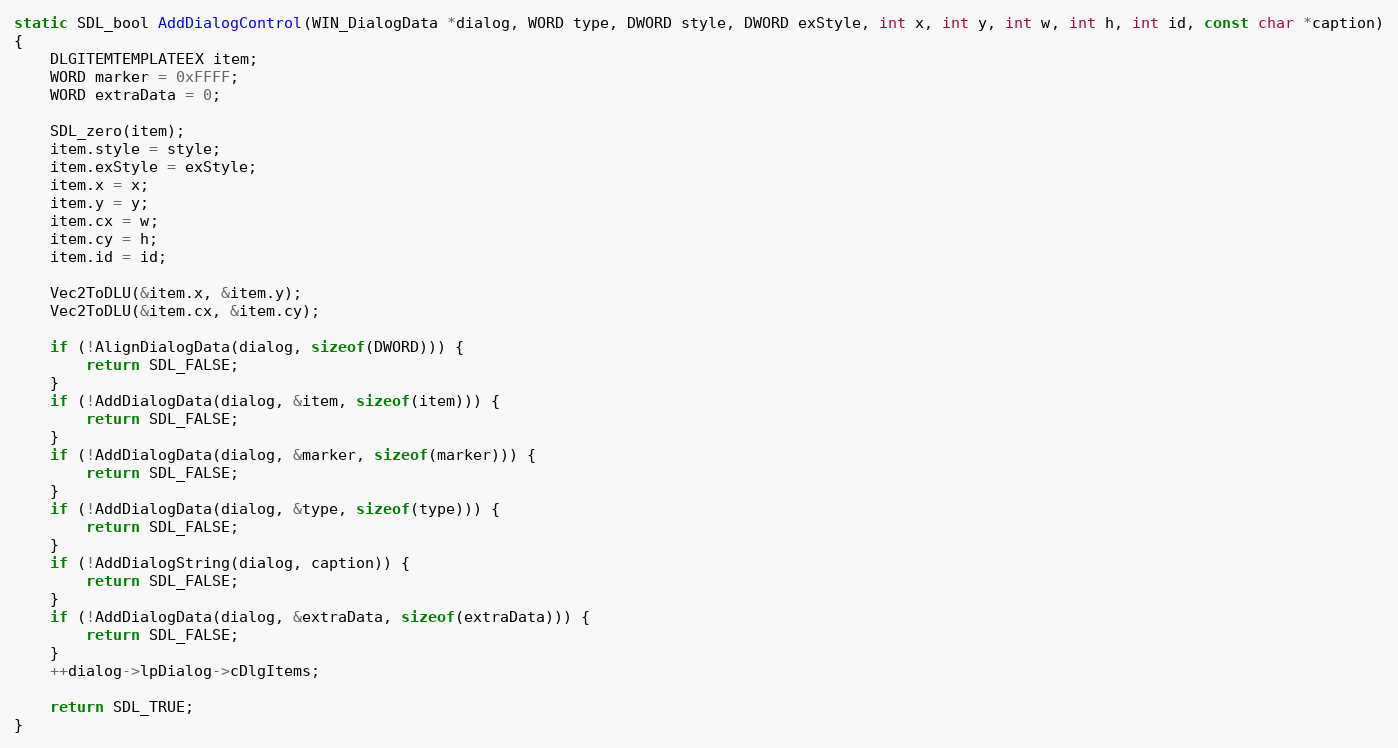
Language: C
static SDL_bool AddDialogControl(WIN_DialogData *dialog, WORD type, DWORD style, DWORD exStyle, int x, int y, int w, int h, int id, const char *caption)
{
    DLGITEMTEMPLATEEX item;
    WORD marker = 0xFFFF;
    WORD extraData = 0;

    SDL_zero(item);
    item.style = style;
    item.exStyle = exStyle;
    item.x = x;
    item.y = y;
    item.cx = w;
    item.cy = h;
    item.id = id;

    Vec2ToDLU(&item.x, &item.y);
    Vec2ToDLU(&item.cx, &item.cy);

    if (!AlignDialogData(dialog, sizeof(DWORD))) {
        return SDL_FALSE;
    }
    if (!AddDialogData(dialog, &item, sizeof(item))) {
        return SDL_FALSE;
    }
    if (!AddDialogData(dialog, &marker, sizeof(marker))) {
        return SDL_FALSE;
    }
    if (!AddDialogData(dialog, &type, sizeof(type))) {
        return SDL_FALSE;
    }
    if (!AddDialogString(dialog, caption)) {
        return SDL_FALSE;
    }
    if (!AddDialogData(dialog, &extraData, sizeof(extraData))) {
        return SDL_FALSE;
    }
    ++dialog->lpDialog->cDlgItems;

    return SDL_TRUE;
}